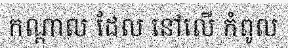
កណ្តាល ដែល នៅលើ កំពូល